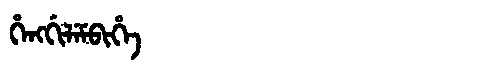
Manchu: ᡥᡝᠩᡤᡳᠯᡝᠮᠪᡳᡥᡝ
Romanization: HENGGILEMBIHE